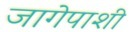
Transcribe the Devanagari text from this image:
जागेपाशी